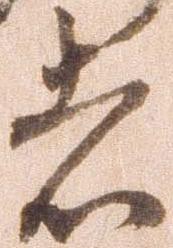
者